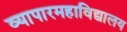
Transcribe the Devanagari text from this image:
व्यापारमहाविद्यालय